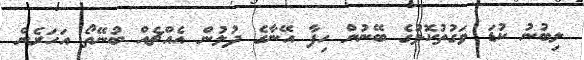
ލިބުނު ކުޑަ ވަގުތުކޮޅުގެ ބޭނުން ހިފާ އޭނާގެ ދުލުން އެއްޗެއް ބުނޭތޯ އަހަރެން